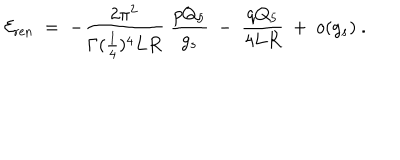
LaTeX: { \cal E } _ { \mathrm { r e n } } \; = \; - { \frac { 2 \pi ^ { 2 } } { \Gamma ( { \frac { 1 } { 4 } } ) ^ { 4 } L R } } \; { \frac { p Q _ { 5 } } { g _ { s } } } \ - \ { \frac { q Q _ { 5 } } { 4 L R } } \ + \ o ( g _ { s } ) \ .